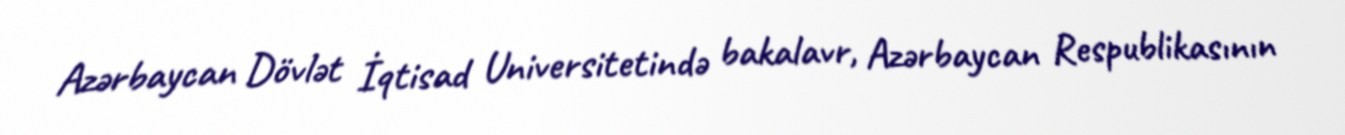
Azərbaycan Dövlət İqtisad Universitetində bakalavr, Azərbaycan Respublikasının